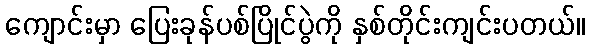
ကျောင်းမှာ ပြေးခုန်ပစ်ပြိုင်ပွဲကို နှစ်တိုင်းကျင်းပတယ်။